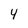
Character: 4